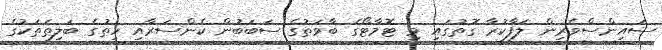
ސައިންސްވެރިން ލަފާކުރާ ގޮތުގައި މި ޓޮމާޓޯގެ ބާވަތުގެ ސަބަބުން ކެންސަރާއި ހިތުގެ ބަލިތަތަކުގެ